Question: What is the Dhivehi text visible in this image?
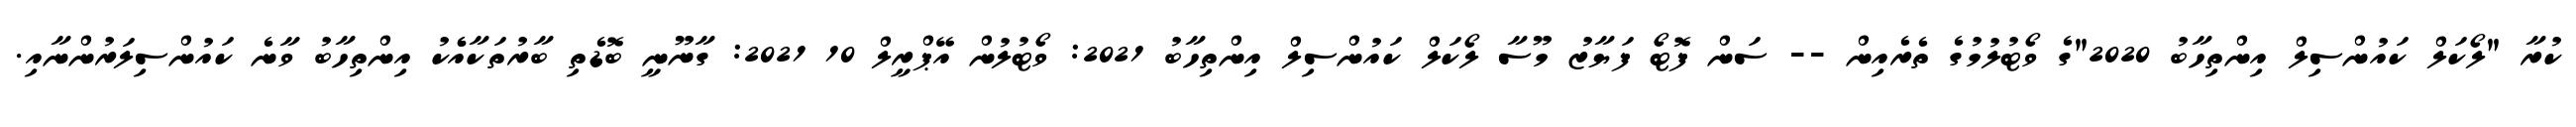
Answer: ކުރާ "ލޯކަލް ކައުންސިލް އިންތިހާބު 2020"ގެ ވޯޓުލުމުގެ ތެރެއިން -- ސަން ފޮޓޯ ފަޔާޒު މޫސާ ލޯކަލް ކައުންސިލް އިންތިހާބު 2021: ވޯޓުލުން އޭޕްރީލް 10 2021: ގާނޫނީ ބޮޑެތި ބާރުތަކާއެެކު އިންތިހާބު ވާނެ ކައުންސިލަރުންނާއި.